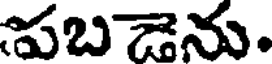
పబడెను.